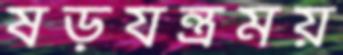
ষড়যন্ত্রময়